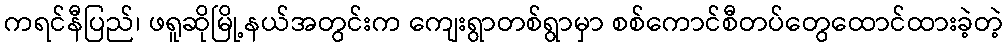
ကရင်နီပြည်၊ ဖရူဆိုမြို့နယ်အတွင်းက ကျေးရွာတစ်ရွာမှာ စစ်ကောင်စီတပ်တွေထောင်ထားခဲ့တဲ့